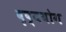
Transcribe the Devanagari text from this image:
बृष्ययोग